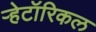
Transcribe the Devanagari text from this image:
ऱ्हेटॉरिकल